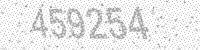
Solution: 459254